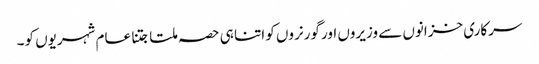
سرکاری خزانوں سے وزیروں اور گورنروں کو اتنا ہی حصہ ملتا جتنا عام شہریوں کو۔